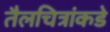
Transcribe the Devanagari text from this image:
तैलचित्रांकडे